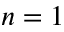
n = 1